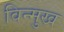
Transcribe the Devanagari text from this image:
विन्‍मुख